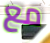
مع